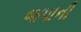
જપાની